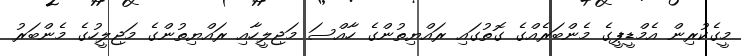
މީގެކުރިން އެމްޑީޕީގެ މެންބަރެއްގެ ގޮތުގައި ރައްޔިތުންގެ ހާއްސަ މަޖިލީހާއި ރައްޔިތުންގެ މަޖިލީހުގެ މެންބަރު